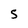
Character: S